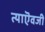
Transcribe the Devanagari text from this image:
त्याऎवजी